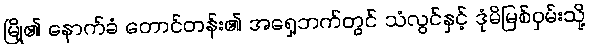
မြို့၏ နောက်ခံ တောင်တန်း၏ အရှေ့ဘက်တွင် သံလွင်နှင့် ဒုံမိမြစ်ဝှမ်းသို့